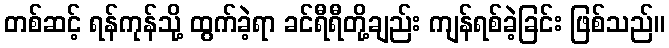
တစ်ဆင့် ရန်ကုန်သို့ ထွက်ခဲ့ရာ ခင်ရီရီတို့ချည်း ကျန်ရစ်ခဲ့ခြင်း ဖြစ်သည်။